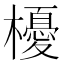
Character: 櫌